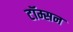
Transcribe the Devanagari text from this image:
टॉम्सन